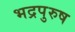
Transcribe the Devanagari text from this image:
भद्रपुरुष